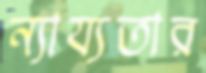
ন্যায্যতার